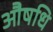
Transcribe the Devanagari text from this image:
औषधि